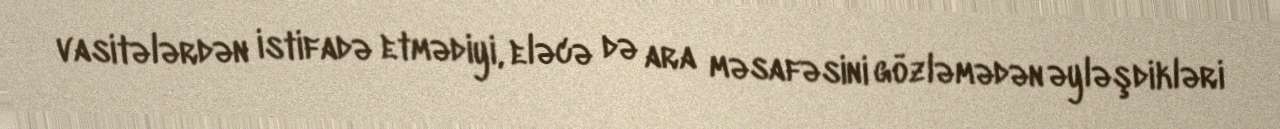
vasitələrdən istifadə etmədiyi, eləcə də ara məsafəsini gözləmədən əyləşdikləri